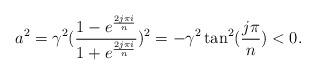
LaTeX: \begin{align*}a^2 = \gamma^2 (\frac{1-e^{\frac{2j\pi i}{n}}}{1+e^{\frac{2j\pi i}{n}}})^2=-\gamma^2\tan^2(\frac{j\pi}{n})<0.\end{align*}